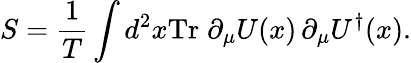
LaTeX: S={\frac{1}{T}}\int d^{2}x\mathrm{Tr}\; \partial_{\mu}U(x)\, \partial_{\mu}U^{\dagger}(x).